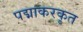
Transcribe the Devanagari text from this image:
पद्माकरकृत